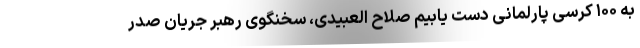
به ۱۰۰ کرسی پارلمانی دست یابیم صلاح العبیدی، سخنگوی رهبر جریان صدر